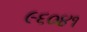
૯૬૦૪૧